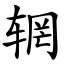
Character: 辋